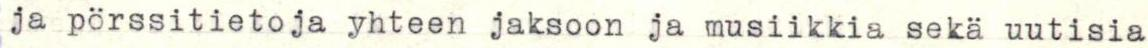
ja pörssitietoja yhteen jaksoon ja musiikkia sekä uutisia